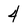
Character: 4